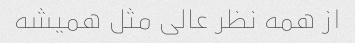
از همه نظر عالی مثل همیشه